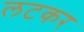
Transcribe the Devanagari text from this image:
लटकर